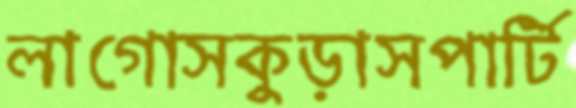
লাগোসকুড়াসপার্টি